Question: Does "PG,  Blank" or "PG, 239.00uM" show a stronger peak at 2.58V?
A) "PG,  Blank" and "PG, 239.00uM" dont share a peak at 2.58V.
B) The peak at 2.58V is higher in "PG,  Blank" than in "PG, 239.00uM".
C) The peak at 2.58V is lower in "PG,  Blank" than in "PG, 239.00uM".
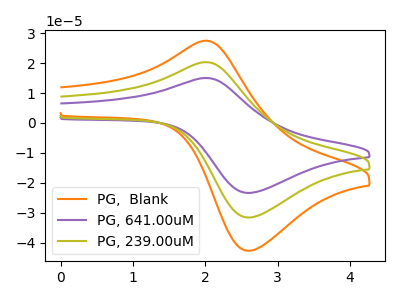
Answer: <think>The orange curve "PG,  Blank" has an anodic peak at (2.00V, 40.60uA) and a cathodic peak at (2.60V, -63.10uA). The purple curve "PG, 641.00uM" has an anodic peak at (2.00V, 15.00uA) and a cathodic peak at (2.60V, -23.35uA). The olive curve "PG, 239.00uM" has an anodic peak at (2.00V, 20.30uA) and a cathodic peak at (2.60V, -31.55uA).</think>
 <answer>B) The peak at 2.58V is higher in "PG,  Blank" than in "PG, 239.00uM".</answer>
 <eval>B</eval>